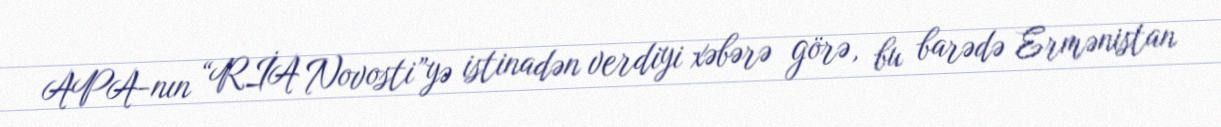
APA-nın “RİA Novosti”yə istinadən verdiyi xəbərə görə, bu barədə Ermənistan